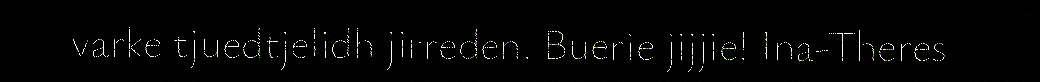
varke tjuedtjelidh jirreden. Buerie jijjie! Ina-Theres